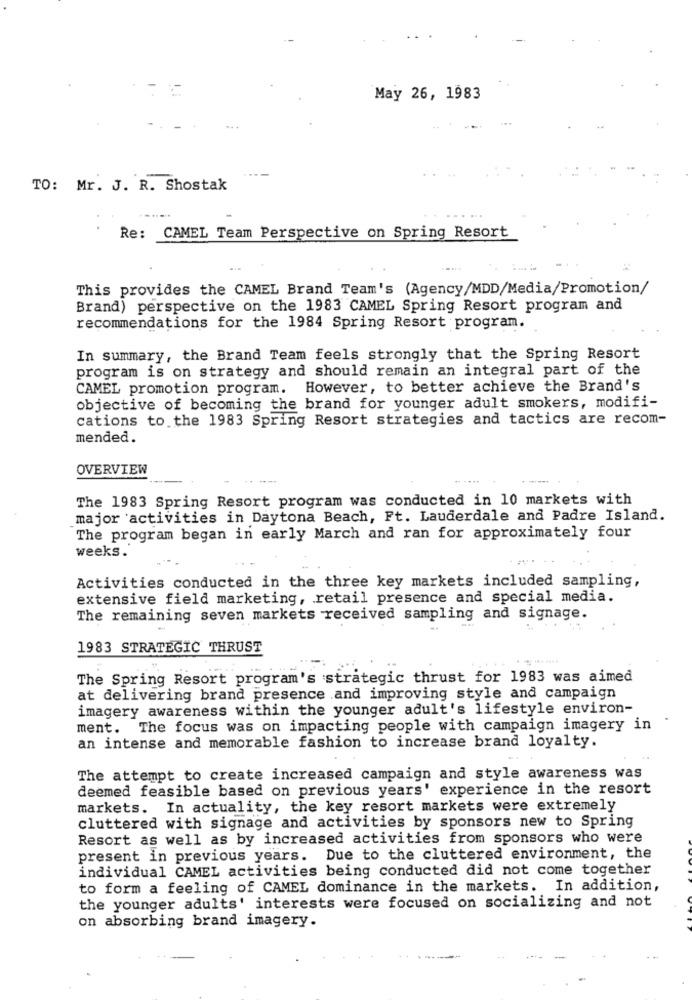
May 26, 1983
TO: Mr. J. R. Shostak
Re: CAMEL Team Perspective on Spring Resort
This provides the CAMEL Brand Team's (Agency/MDD/Media/Promotion/
Brand) perspective on the 1983 CAMEL Spring Resort program and
recommendations for the 1984 Spring Resort program.
In summary, the Brand Team feels strongly that the Spring Resort
program is on strategy and should remain an integral part of the
CAMEL promotion program. However, to better achieve the Brand's
objective of becoming the brand for younger adult smokers, modifi-
cations to the 1983 Spring Resort strategies and tactics are recom-
mended.
OVERVIEW
The 1983 Spring Resort program was conducted in 10 markets with
major activities in Daytona Beach, Ft. Lauderdale and Padre Island.
The program began in early March and ran for approximately four
weeks.
Activities conducted in the three key markets included sampling,
extensive field marketing, retail presence and special media.
The remaining seven markets received sampling and signage.
1983 STRATEGIC THRUST
The Spring Resort program's strategic thrust for 1983 was aimed
at delivering brand presence and improving style and campaign
imagery awareness within the younger adult's lifestyle environ-
ment. The focus was on impacting people with campaign imagery in
an intense and memorable fashion to increase brand loyalty.
The attempt to create increased campaign and style awareness was
deemed feasible based on previous years' experience in the resort
markets. In actuality, the key resort markets were extremely
cluttered with signage and activities by sponsors new to Spring
Resort as well as by increased activities from sponsors who were
present in previous years. Due to the cluttered environment, the
individual CAMEL activities being conducted did not come together
to form a feeling of CAMEL dominance in the markets. In addition,
the younger adults' interests were focused on socializing and not
on absorbing brand imagery.